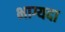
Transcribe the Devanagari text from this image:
भाग्यदा